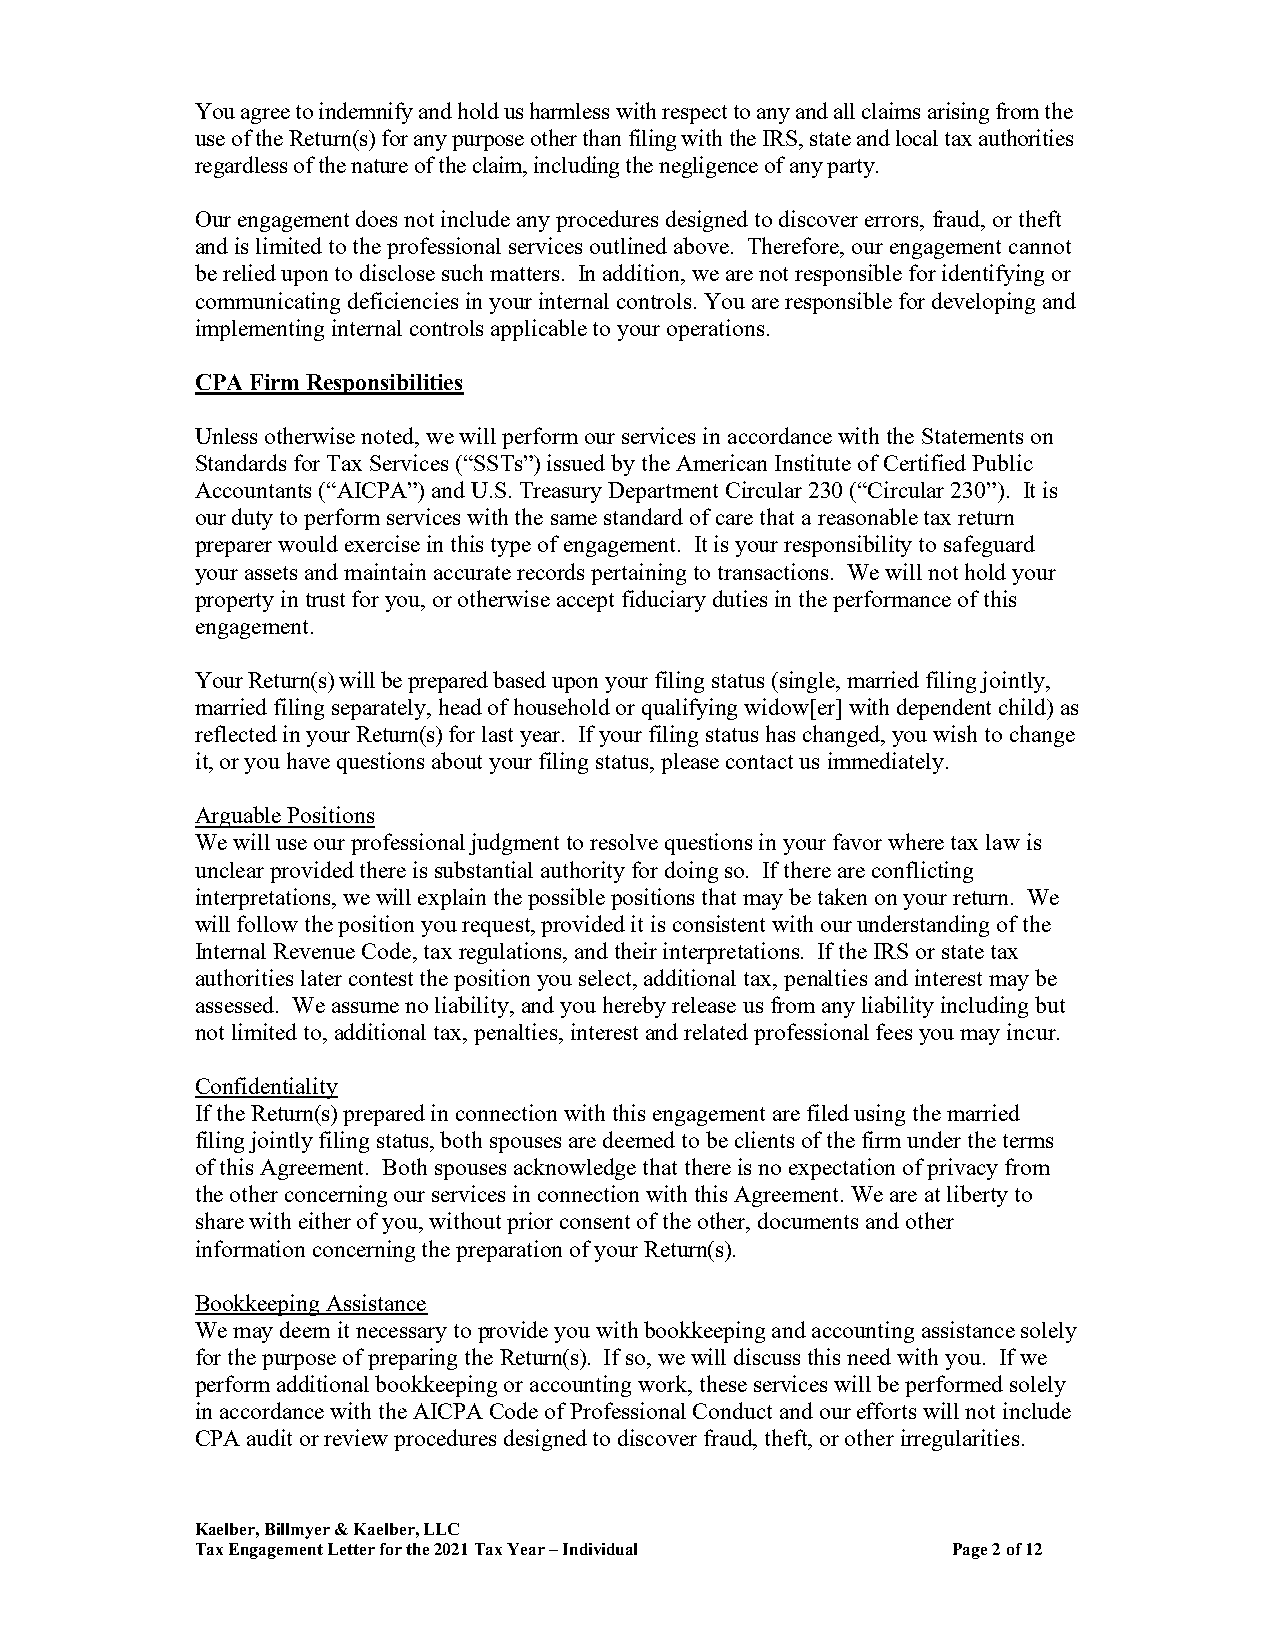
You agree to indemnify and hold us harmless with respect to any and all claims arising from the
 use of the Return(s) for any purpose other than filing with the IRS, state and local tax authorities
 regardless of the nature of the claim, including the negligence of any party.
 Our engagement does not include any procedures designed to discover errors, fraud, or theft
 and is limited to the professional services outlined above. Therefore, our engagement cannot
 be relied upon to disclose such matters. In addition, we are not responsible for identifying or
 communicating deficiencies in your internal controls. You are responsible for developing and
 implementing internal controls applicable to your operations.
 CPA Firm Responsibilities
 Unless otherwise noted, we will perform our services in accordance with the Statements on
 Standards for Tax Services (“SSTs”) issued by the American Institute of Certified Public
 Accountants (“AICPA”) and U.S. Treasury Department Circular 230 (“Circular 230”). It is
 our duty to perform services with the same standard of care that a reasonable tax return
 preparer would exercise in this type of engagement. It is your responsibility to safeguard
 your assets and maintain accurate records pertaining to transactions. We will not hold your
 property in trust for you, or otherwise accept fiduciary duties in the performance of this
 engagement.
 Your Return(s) will be prepared based upon your filing status (single, married filing jointly,
 married filing separately, head of household or qualifying widow[er] with dependent child) as
 reflected in your Return(s) for last year. If your filing status has changed, you wish to change
 it, or you have questions about your filing status, please contact us immediately.
 Arguable Positions
 We will use our professional judgment to resolve questions in your favor where tax law is
 unclear provided there is substantial authority for doing so. If there are conflicting
 interpretations, we will explain the possible positions that may be taken on your return. We
 will follow the position you request, provided it is consistent with our understanding of the
 Internal Revenue Code, tax regulations, and their interpretations. If the IRS or state tax
 authorities later contest the position you select, additional tax, penalties and interest may be
 assessed. We assume no liability, and you hereby release us from any liability including but
 not limited to, additional tax, penalties, interest and related professional fees you may incur.
 Confidentiality
 If the Return(s) prepared in connection with this engagement are filed using the married
 filing jointly filing status, both spouses are deemed to be clients of the firm under the terms
 of this Agreement. Both spouses acknowledge that there is no expectation of privacy from
 the other concerning our services in connection with this Agreement. We are at liberty to
 share with either of you, without prior consent of the other, documents and other
 information concerning the preparation of your Return(s).
 Bookkeeping Assistance
 We may deem it necessary to provide you with bookkeeping and accounting assistance solely
 for the purpose of preparing the Return(s). If so, we will discuss this need with you. If we
 perform additional bookkeeping or accounting work, these services will be performed solely
 in accordance with the AICPA Code of Professional Conduct and our efforts will not include
 CPA audit or review procedures designed to discover fraud, theft, or other irregularities.
 Kaelber, Billmyer & Kaelber, LLC
 Tax Engagement Letter for the 2021 Tax Year – Individual Page 2 of 12